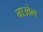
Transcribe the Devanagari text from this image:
नाउवेल